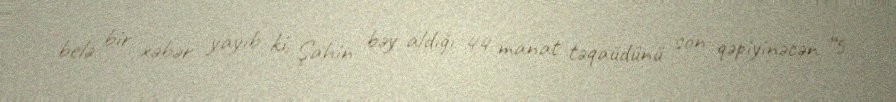
belə bir xəbər yayıb ki, Şahin bəy aldığı 44 manat təqaüdünü son qəpiyinəcən “5